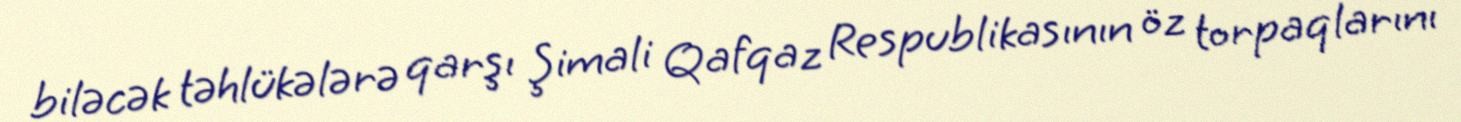
biləcək təhlükələrə qarşı Şimali Qafqaz Respublikasının öz torpaqlarını